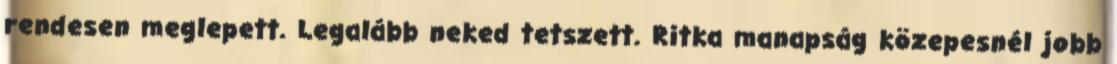
rendesen meglepett. Legalább neked tetszett. Ritka manapság közepesnél jobb